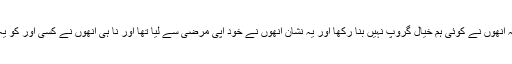
اور تو اور جب جیب کے نشان کی مانگ بڑھی تو چوہدری نثار کو بھی اسکی وضاحت کرنے پڑ گئی کہ انھوں نے کوئی ہم خیال گروپ نہیں بنا رکھا اور یہ نشان انھوں نے خود اپی مرضی سے لیا تھا اور نا ہی انھوں نے کسی اور کو یہ نشان لینے کا کہا اور نا ہی انھوں نے کوئی الگ گروپ بنایا ہے اور ان سب باتوں کو مفروضہ قرار دیا۔